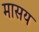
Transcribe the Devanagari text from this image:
मासय